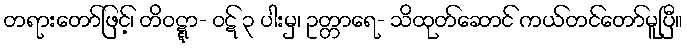
တရားတော်ဖြင့်၊ တိဝဋ္ဋာ- ဝဋ် ၃ ပါးမှ၊ ဥတ္တာရေ- သိထုတ်ဆောင် ကယ်တင်တော်မူပြီ။